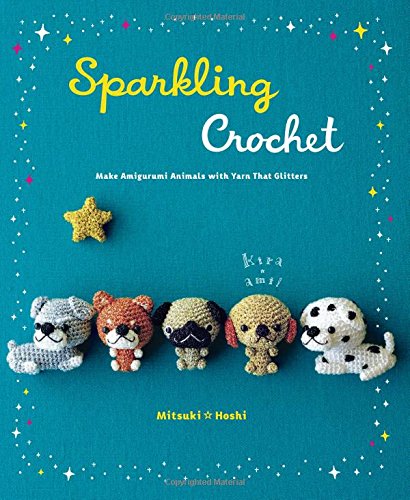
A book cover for Sparkling Crochet: Make Amigurumi Animals with Yarn That Glitters; Mitsuki Hoshi; Crafts, Hobbies & Home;